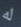
له